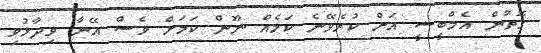
ގޮތުން އެމްބީސީ އަށް ކުރެވޭނެ ކަމެއް ނޫން ކަމަށް ވެސް އޭނާ ވިދާޅުވި